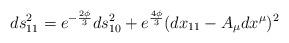
LaTeX: \begin{align*}ds^2_{11} = e^{-{2\phi\over 3}} ds^2_{10}+e^{4\phi\over 3}(dx_{11}-A_\mu dx^\mu)^2\end{align*}